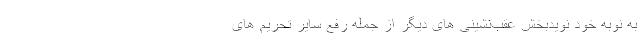
به نوبه خود نویدبخش عقب‌نشینی های دیگر از جمله رفع سایر تحریم های